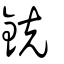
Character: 鋴